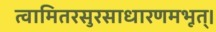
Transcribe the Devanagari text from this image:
त्वामितरसुरसाधारणमभूत्।